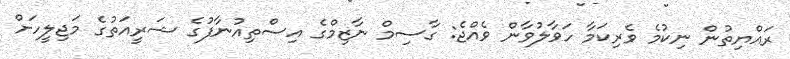
ރައްޔިތުން ނިކުމެ ވެރިކަމާ ހަވާލުވާން ވެއްޖެ: ގާސިމް ނާޒިމްގެ އިސްތިއުނާފުގެ ޝަރީއަތުގެ މަޖިލީހަށް